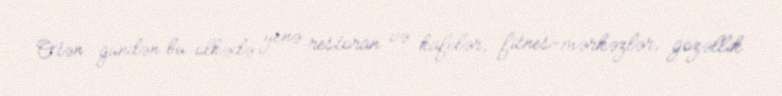
Ötən gündən bu ölkədə yenə restoran və kafelər, fitnes-mərkəzlər, gözəllik